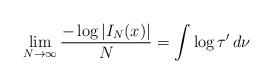
LaTeX: \begin{align*}\lim _{N \rightarrow \infty} \frac{- \log | I _N (x) |}{N} = \int \log \tau ' \, d \nu\end{align*}